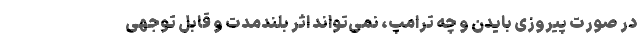
در صورت پیروزی بایدن و چه ترامپ، نمی‌تواند اثر بلندمدت و قابل توجهی